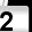
Digit: 2